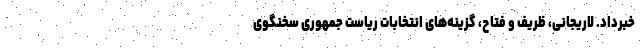
خبرداد. لاریجانی، ظریف و فتاح، گزینه‌های انتخابات ریاست جمهوری سخنگوی